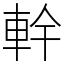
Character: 龫